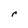
Character: r